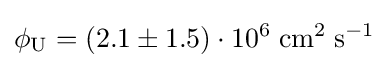
\phi _{\mathrm {U} }=(2.1\pm 1.5)\cdot 10^{6}\;\mathrm {cm^{2}\;s^{-1}}